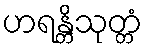
ဟရန္တိသုတ္တံ